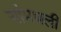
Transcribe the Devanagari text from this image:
यांमधली